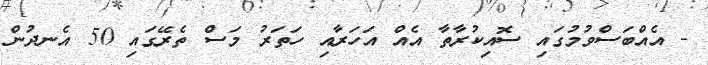
- އެއްބަސްވުމުގައި ސޮއިކުރާތާ އެއް އަހަރާއި ހަތަރު މަސް ތެރޭގައި 50 އެނދުން